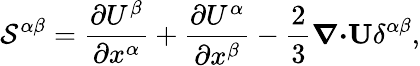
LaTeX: {\cal{S}}^{\alpha\beta}=\frac{\partial U^{\beta}}{\partial x^{\alpha}}+\frac{\partial U^{\alpha}}{\partial x^{\beta}}-\frac{2}{3}{\boldsymbol{\nabla}}{\boldsymbol{\cdot}}{\mathbf{U}}\delta^{\alpha\beta},